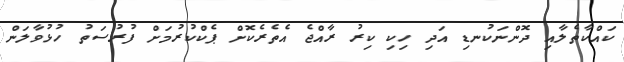
ކައްކާތެލާއި ދޮންނަކުނޑި އަދި ހިކި ކިރު ރާއްޖެ އެތެރެކޮށް ޕެކްކުރުމަށް ފުރުސަތު ހުޅުވާލަން